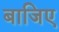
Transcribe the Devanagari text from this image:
बाजिए